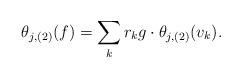
LaTeX: \begin{align*}\theta_{j,(2)}(f)= \sum_{k} r_k g \cdot \theta_{j,(2)}(v_k). \end{align*}